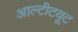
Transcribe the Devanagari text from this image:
आल्टीटयूट